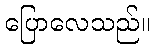
ပြောလေသည်။